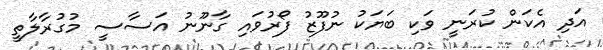
އަދި އެކަން ކުރަނީ ވަކި ބަޔަކު ނުފޫޒު ފޯރުވައި ގާނޫނު އަސާސީ މުގުރާލާތީ